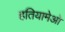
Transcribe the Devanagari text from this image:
हतियामेओ